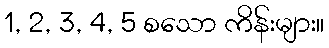
1, 2, 3, 4, 5 စသော ကိန်းများ။